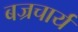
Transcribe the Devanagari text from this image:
बज्रचार्य